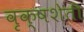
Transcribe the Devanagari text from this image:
वृक्षशेती